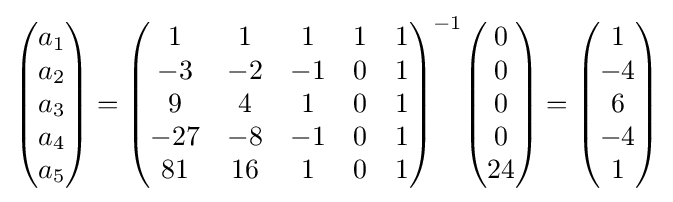
{\begin{pmatrix}a_{1}\\a_{2}\\a_{3}\\a_{4}\\a_{5}\end{pmatrix}}={\begin{pmatrix}1&1&1&1&1\\-3&-2&-1&0&1\\9&4&1&0&1\\-27&-8&-1&0&1\\81&16&1&0&1\\\end{pmatrix}}^{-1}{\begin{pmatrix}0\\0\\0\\0\\24\end{pmatrix}}={\begin{pmatrix}1\\-4\\6\\-4\\1\end{pmatrix}}